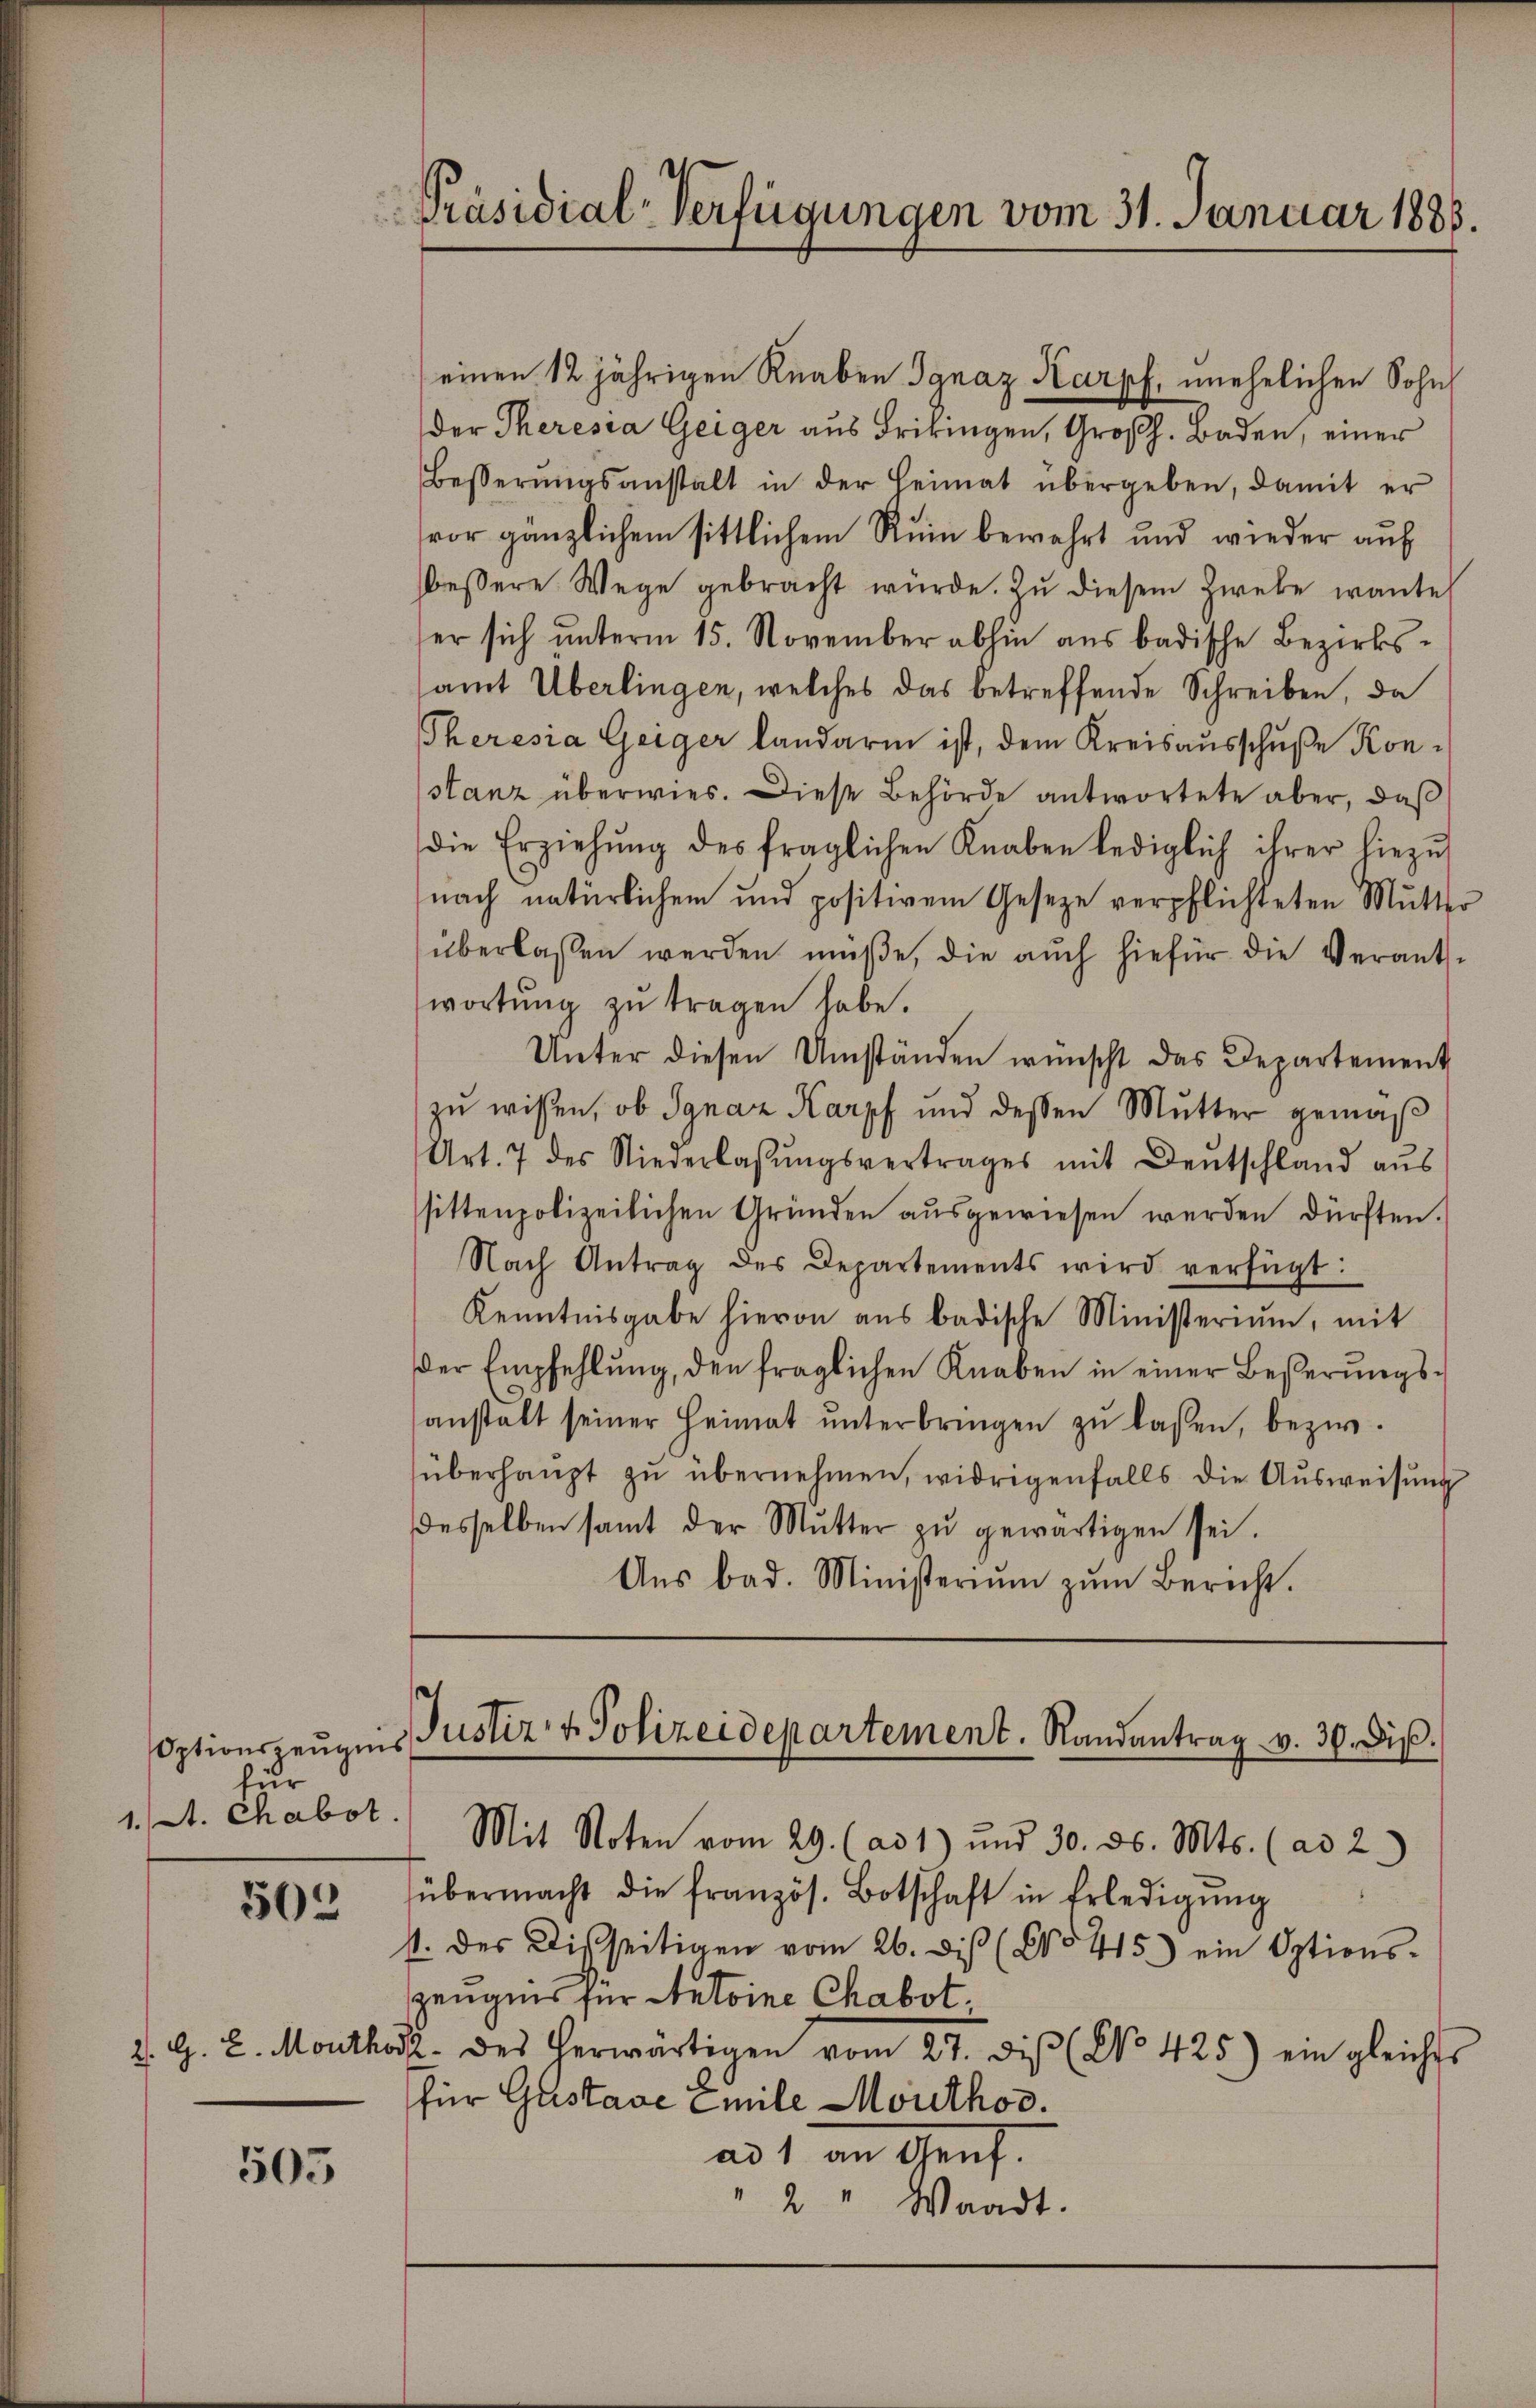
für
1. A. Chabot.

505

505

Präsidial-Verfügungen vom 31. Januar 1888.

einen 12 jährigen Knaben Ignaz Karpf, unehelichen Sohn
der Theresia Geiger aus Frikingen, Großh. Baden, einer
Besserŭngsanstalt in der Heimat übergeben, damit er
vor gänzlichem sittlichem Ruin bewahrt und wieder auf
bessere Wege gebracht würde. Zu diesem Zwebe wante
er sich unterm 15. November abhin aus badische Bezirkssamt Überlingen, welches das betreffende Schreiben, da
Theresia Geiger Landarm ist, dem Kreisausschuße Konstanz überwies. Diese Behörde antwortete aber, daß
die Erziehŭng des fraglichen Knaben lediglich ihrer hiezŭ
nach natürlichen und positivem Gesetze verpflichteten Mutter
überlassen werden müße, die auch hiefür die Verantwortŭng zŭ tragen habe.
Unter diesen Umständen wünscht das Departement
zu wissen, ob Ignaz Karpf und dessen Mutter gemäß
Art. 7 des Niederlassŭngsvertrages mit Deutschland aus
sittenpolizeilichen Gründen ausgewiesen werden dürften.
Nach Antrag des Departements wird verfügt:
Kenntnisgabe hievon aus badische Ministerium, mit
der Empfehlŭng, den fraglichen Knaben in einer Besserŭngs-
anstalt seiner Heimat ŭnterbringen zŭ lassen, bezw.
überhaupt zu übernehmen, widrigenfalls die Ausweisung
desselben samt der Mŭtter zŭ gewärtigen sei.
Aŭs bad. Ministeriŭm zŭm Bericht.

Optionszeŭgnis Justiz- & Polizeidepartement. Randantrag v. 30. Die.

Mit Noten vom 29. (ad 1) und 30. ds. Mts. (ad 2.)
übermacht die französ. Botschaft in Erledigŭng
1. des Disseitigen vom 26. des (§§ 415.) ein Options-
Zeugnis für Autoine Chabot.
Z. G. L. Monthort des herwärtigen vom 27. diβ (No 425) ein gleiches
für Gustave Emile Mouthoc.
ad 1. an Genf.
2 " Waadt.